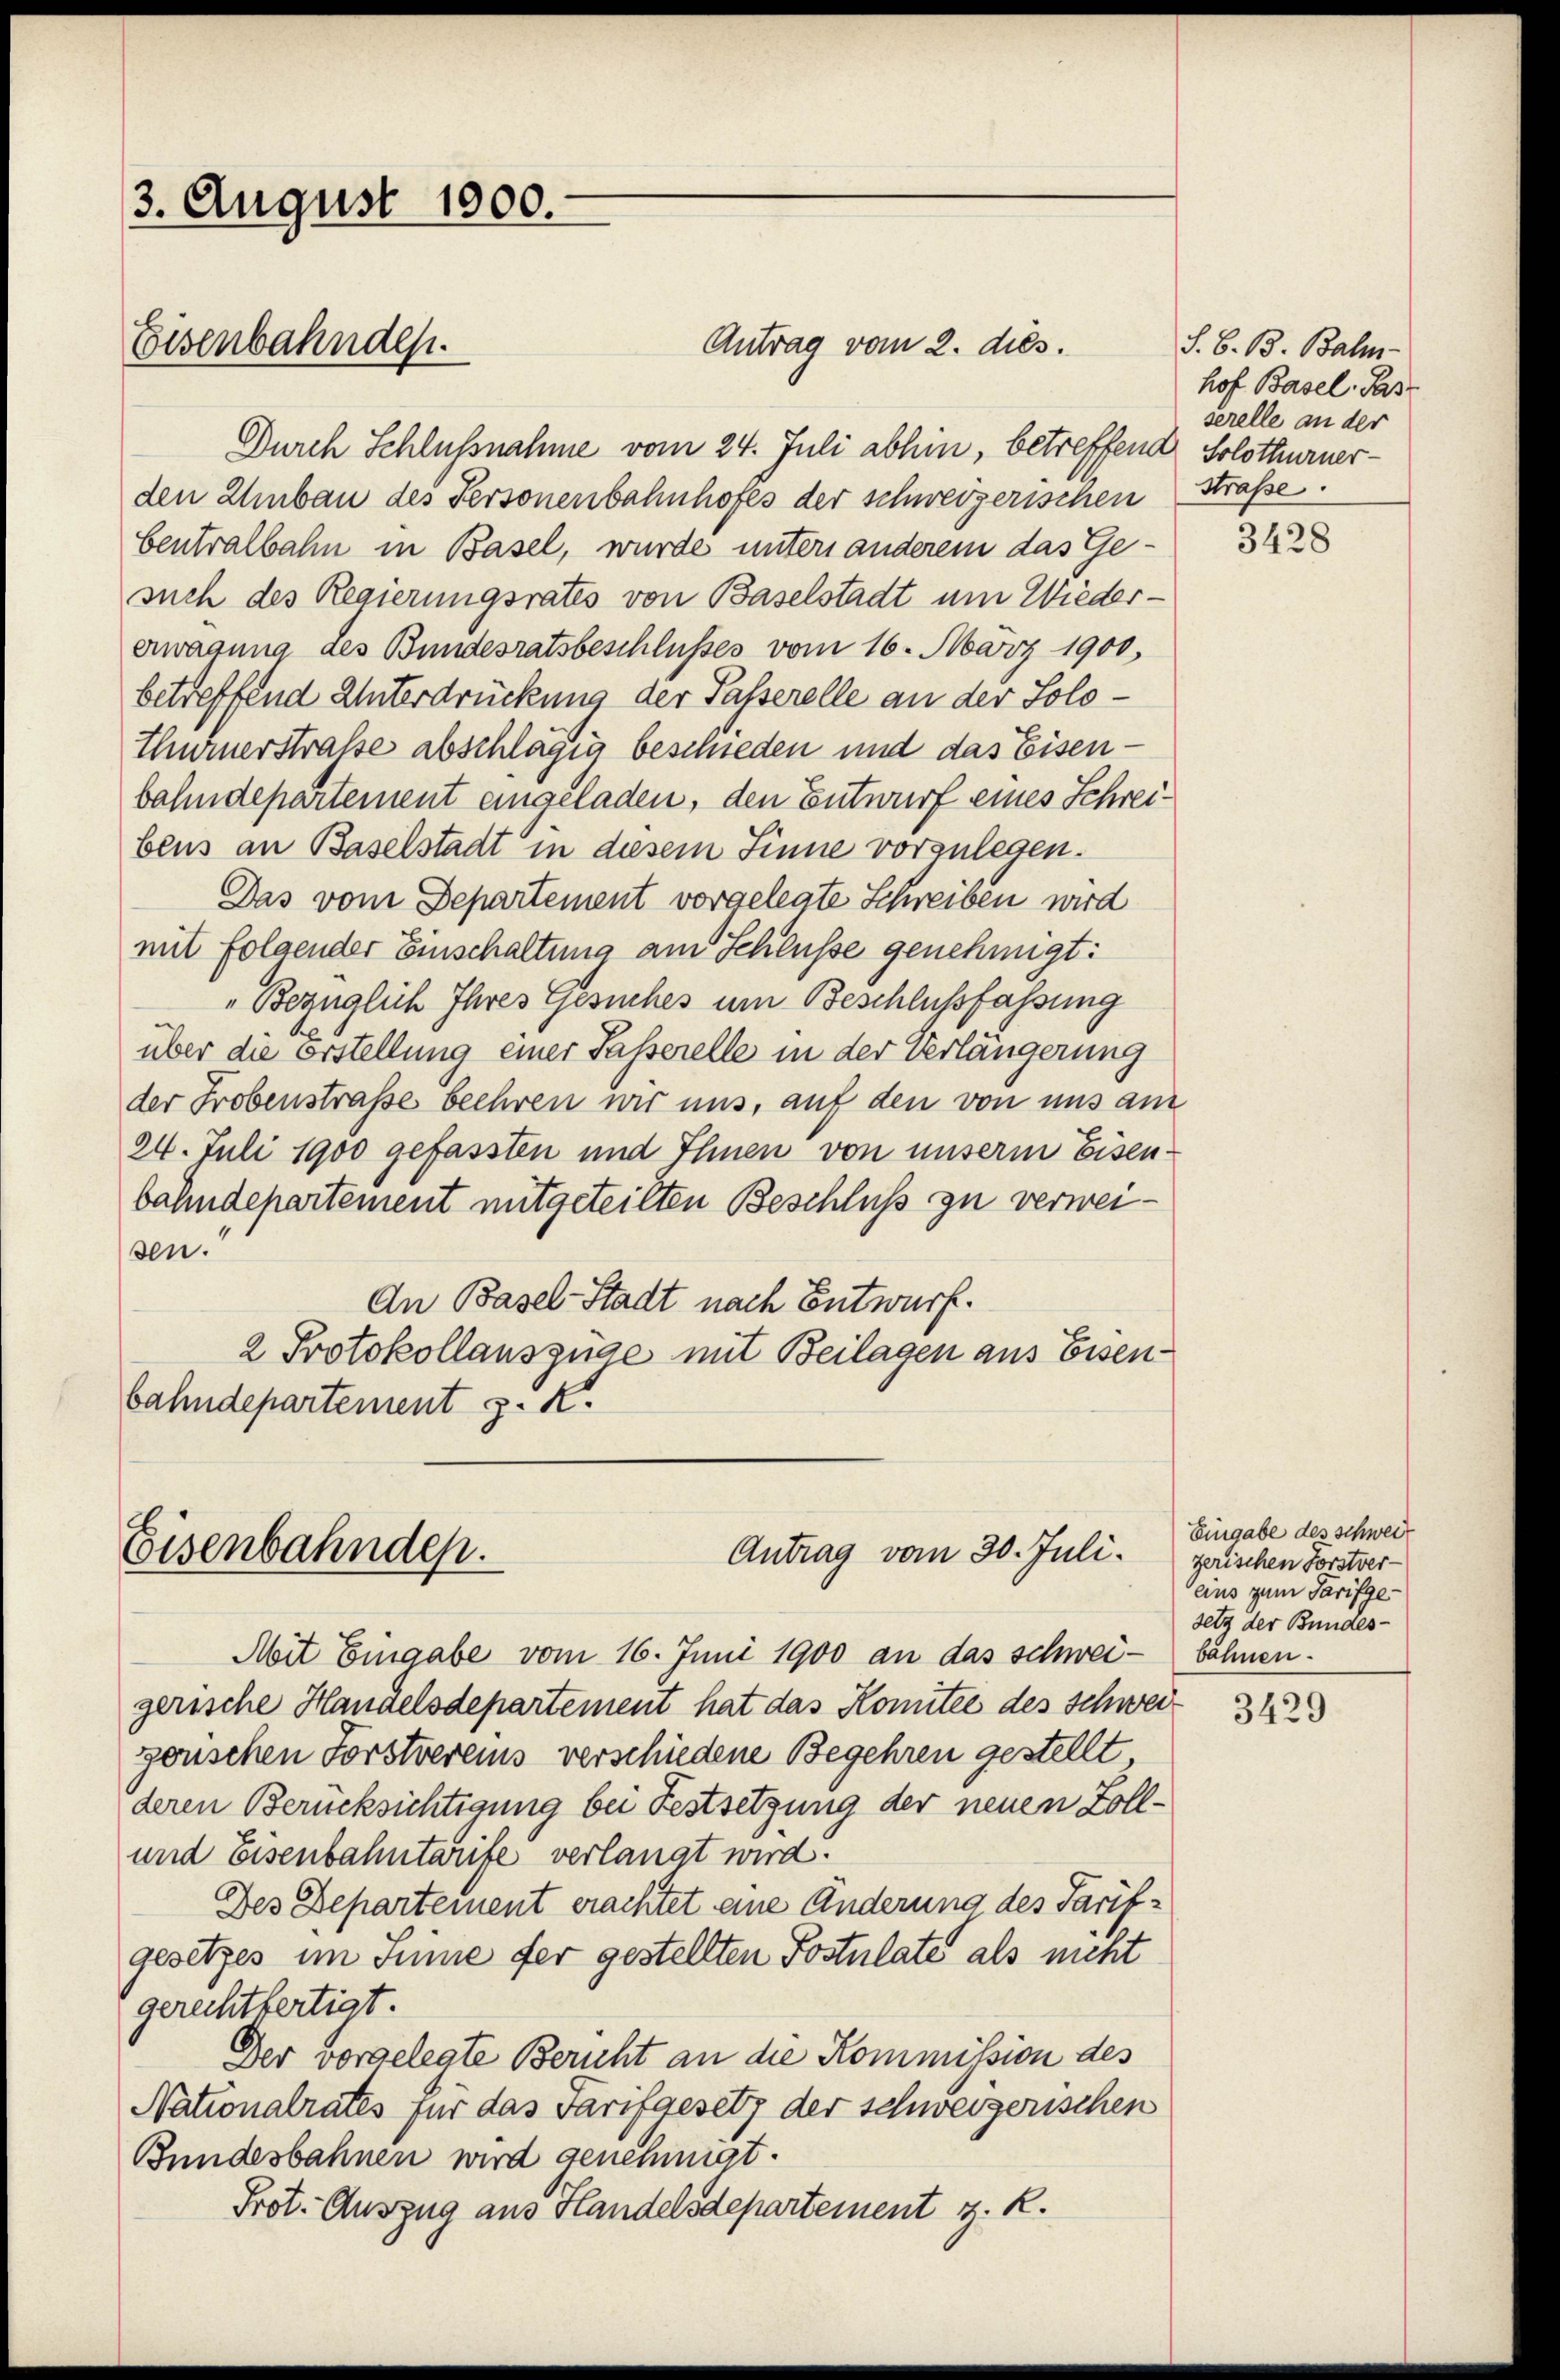
3. August 1900.
Eisenbahnden.

Antrag vom 2. dies.
Durch Schlußnahme vom 24. Juli abhin, betreffend Solothurnerden Umbau des Personenbahnhofes der schweizerischen Straße
bentralbahn in Basel, wurde unters anderem das Gesuch des Regierungsrates von Baselstadt um Wiedererwägung des Bundesratsbeschlusses vom 16. März 1900,
betreffend Unterdrückung der Passerelle an der Solo¬
Thurnerstrafe abschlagen beschieden und das Eisenbahndepartement eingeladen, den Entwurf eines Schreibens an Baselstadt in diesem Sinne vorzulegen.
Das vom Departement vorgelegte Schreiben wird
mit folgender Einschaltung am Schlüsse genehmigt:
„Bezüglich Ihres Gesuches um Beschlussfassung
über die erstellung einer Passerelle in der Verlängerung
der Frobenstraße beehren wir uns, auf den von uns am
24. Juli 1900 gefassten und Ihnen von unserm Eisenbahndepartement mitgeteilten Beschluß zu verweisen.
An Basel-Stadt nach Entwurf.
2 Protokollauszüge mit Beilagen aus Eisenbahndepartement z. K.

Eisenbahnden.

Antrag vom 30. Juli.

Mit Eingabe vom 16. Juni 1900 an das schweigerische Handelsdepartement hat das Komitee des Schweigerischen Forstvereins verschiedene Begehren gestellt,
deren Berücksichtigung bei Festsetzung der neuen Zoll¬
und Eisenbahntarife verlangt wird.
Des Departement erachtet eine Änderung des Tarifgesetzes im Sinne fer gestellten Postulate als nicht
gerechtfertigt.
Der vorgelegte Bericht an die Kommission des
Nationalrates für das Tarifgesetz der schweizerischen
Bundesbahnen wird genehmigt.
Prot. Auszug aus Handelsdepartement z. R.

S. B. B. Balm-
hof Basel: Pas
serelle an der

3428

Eingabe des schwei
zerischen Forstver-
eins zum Tarifge-
setz der Bundes-
bahnen.

3429